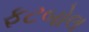
ફટબોલ